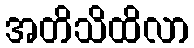
အတိသိထိလာ